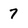
Character: 7